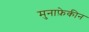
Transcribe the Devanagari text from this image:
मुनाफ़ेकीन